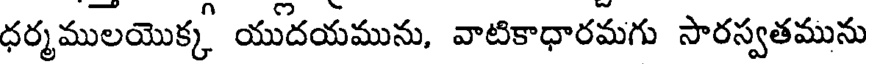
ధర్మములయొక్క యుదయమును, వాటికాధారమగు సారస్వతమును